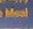
meal